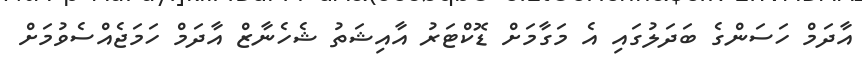
އާދަމް ހަސަންގެ ބަދަލުގައި އެ މަގާމަށް ޑޮކްޓަރު އާއިޝަތު ޝެހެނާޒް އާދަމް ހަމަޖެއްސެވުމަށް